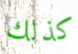
كذلك